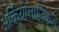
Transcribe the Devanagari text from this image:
अर्कियोलाजिकल